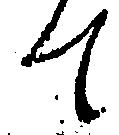
て